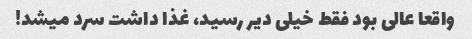
واقعا عالی بود فقط خیلی دیر رسید، غذا داشت سرد میشد!